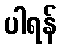
ပါရန်